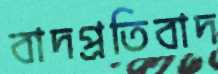
বাদপ্রতিবাদ